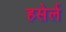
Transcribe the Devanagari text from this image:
हसेर्ल